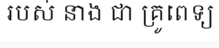
របស់ នាង ជា គ្រូពេទ្យ